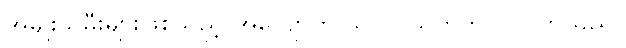
အမျိုးသမီးများဖြစ်သည့် အလျောက် သင်လွယ်တတ်လွယ်ကြသည်။